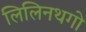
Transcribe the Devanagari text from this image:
लिलिनथगो